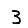
Digit: 3